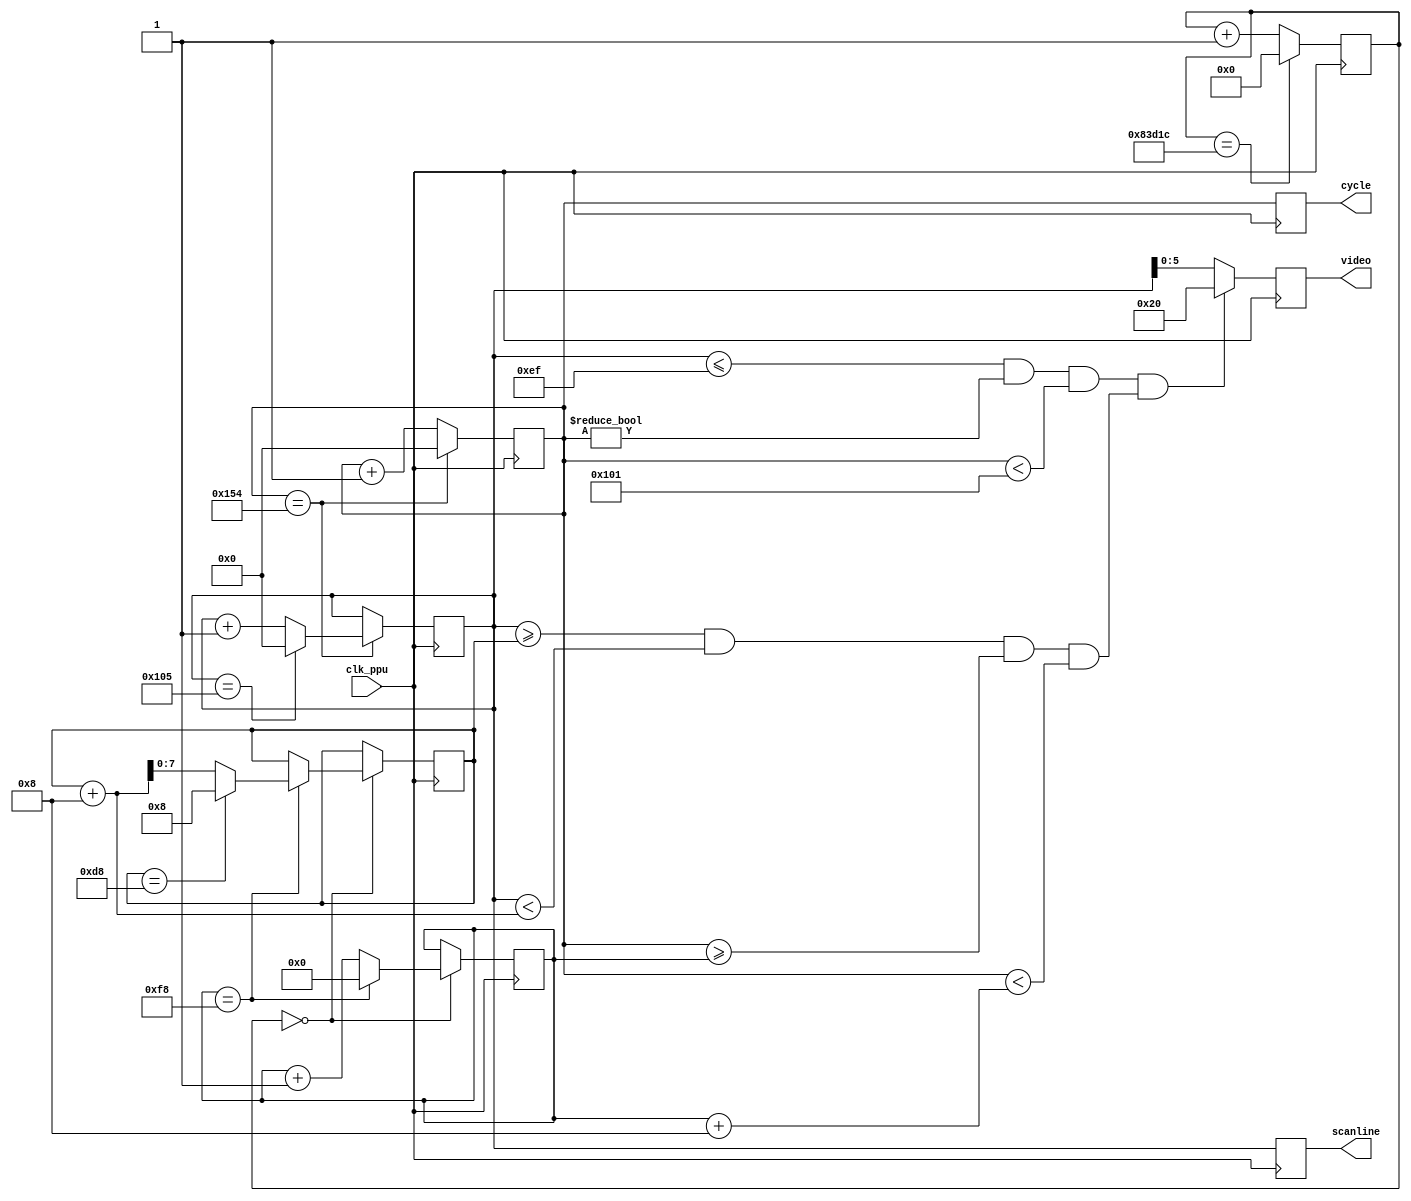
`timescale 1ns / 1ps

// See: https://www.nesdev.org/wiki/PPU_rendering

module ppu_dummy(
    input clk_ppu,          // 21.477272 MHz / 4 = 5,369,318 Hz
                            // pixel clock is .
    output reg [5:0] video,     // pixel color (index into NES palette)
    output reg [8:0] scanline,  // 0-261, video active when 0-239
    output reg [8:0] cycle      // 0-340, video active when 1-256
    );

    reg [8:0] y = 0;
    reg [8:0] x = 0;
    
    // 1/10 second is 536,932 times
    reg [23:0] count = 1;
    reg [7:0] x_sprite = 0;
    reg [7:0] y_sprite = 8;
    
    wire active = (y <= 239) && (x != 0) && (x < 257);
    wire insprite = (y >= y_sprite) && (y < y_sprite+8) && (x >= x_sprite) && (x < x_sprite+8);
    
    // count until next sprite move and drawing
    always @(posedge clk_ppu) begin
        count <= count == 539_932 ? 0 : count + 1;
    end
    
    // advance cycle and scanline
    always @(posedge clk_ppu) begin
        if (x == 340) begin
            x <= 0;
            if (y == 261) begin
                y <= 0;
            end else begin
                y <= y + 1;
            end
        end else begin
            x <= x + 1;
        end
    end

    // update sprite position every 1/10 of a second
    always @(posedge clk_ppu) begin
        if (count==0) begin
            if (x_sprite == 256-8) begin
                x_sprite <= 0;
                if (y_sprite == 224-8) begin
                    y_sprite <= 8;
                end else begin
                    y_sprite <= y_sprite + 8;
                end
            end else begin
                x_sprite <= x_sprite + 1;
            end            
        end
    end

    // final output of video is very simple
    always @(posedge clk_ppu) begin
        video <= (active && insprite) ? 32 : (y[5:0]);         // 32 is (236,238,236)
        cycle <= x;
        scanline <= y;
    end

endmodule